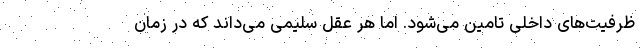
ظرفیت‌های داخلی تامین می‌شود. اما هر عقل سلیمی می‌داند که در زمان